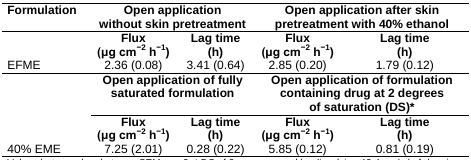
<table><thead><tr><td><b>Formulation</b></td><td colspan="2"><b>Open application without skin pretreatment</b></td><td colspan="2"><b>Open application after skin pretreatment with 40% ethanol</b></td></tr></thead><tbody><tr><td></td><td><b>Flux (μg cm</b><sup>−</sup><b><sup>2</sup></b><b>h</b><sup>−</sup><b><sup>1</sup></b><b>)</b></td><td><b>Lag time (h)</b></td><td><b>Flux (μg cm</b><sup>−</sup><b><sup>2</sup></b><b>h</b><sup>−</sup><b><sup>1</sup></b><b>)</b></td><td><b>Lag time (h)</b></td></tr><tr><td>EFME</td><td>2.36 (0.08)</td><td>3.41 (0.64)</td><td>2.85 (0.20)</td><td>1.79 (0.12)</td></tr><tr><td></td><td colspan="2"><b>Open application of fully saturated formulation</b></td><td colspan="2"><b>Open application of formulation containing drug at 2 degrees of saturation (DS)</b>*</td></tr><tr><td></td><td><b>Flux (μg cm</b><sup>−</sup><b><sup>2</sup></b><b>h</b><sup>−</sup><b><sup>1</sup></b><b>)</b></td><td><b>Lag time (h)</b></td><td><b>Flux (μg cm</b><sup>−</sup><b><sup>2</sup></b><b>h</b><sup>−</sup><b><sup>1</sup></b><b>)</b></td><td><b>Lag time (h)</b></td></tr><tr><td>40% EME</td><td>7.25 (2.01)</td><td>0.28 (0.22)</td><td>5.85 (0.12)</td><td>0.81 (0.19)</td></tr></tbody></table>